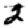
Digit: 2